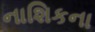
નાશિકના